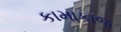
કામાકાજ